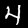
Label: 4